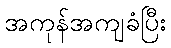
အကုန်အကျခံပြီး